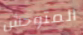
المتوحش